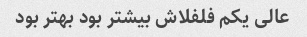
عالی یکم فلفلاش بیشتر بود بهتر بود